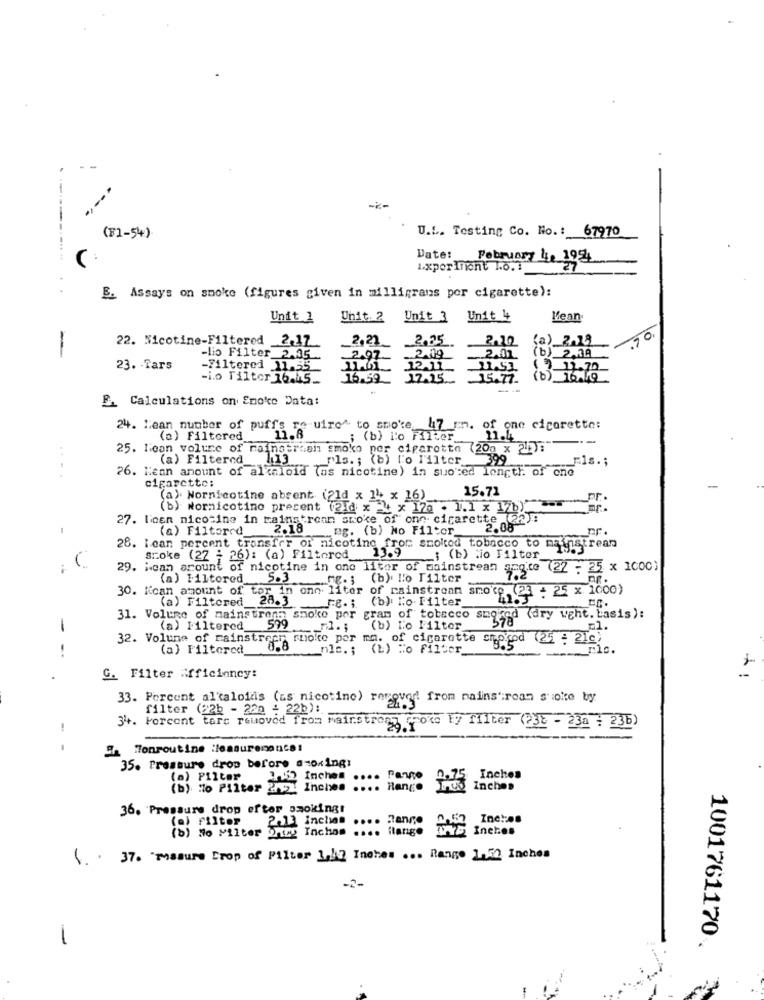
--
U.L. Testing Co. No .: 67970
(F1-54)
Date:
February 4, 1954
Lxpor Inont lo .:
727
B. Assays on smoke (figures given in milligrams por cigarette):
Unit 1
Unit. 2 Unit 3
Unit 4
Mean
2.27
2.25
2.22
(a)_2.13
-
22. Nicotine-Filtered 2.17
-lio Filter 2.35
2.09
2.01.
(b) 2.39
23. - Tars
-Filtered 11.55
22
( ) 12.70
-i.o Tilter 16.15
16.59
17.15
(b) ToAlQ
B. Calculations on Smoke Data:
24. Bean number of puff's re wire" to smoke 47 rn. of one cigarette:
(a) Filtered
; (b) lo Filter
25. loan volume of mainstream smoke per ciparotta
7200 x 2h
(a) Filtered_13
rls. ; (b) To Filter
399
._ Fls .;
26. Hean amount of alkaloid (as nicotine) in suoted length of one
cigarette:
15.71
(a) Nornicotine absent (21d x 14 x 16)_
Fr.
(b) Normicotino precent (2id x 4 x 12a . 1.1 x 17b)
27. linen nicotine in bainstrenn smoke of one cigarette (22):
(a) Filtered_
2.18
mg. (b) No Filter_
mr.
28. lean percent transfer or nicotine from snolted tobacco to mainstrean
sroke (22 : 26): (a) Filtered 13.9
; (b) Mio Filter
, C
29. ican arount of nicotine in one litor of mainstrean ang.te (22 : 25 x 1000)
(a) Filtered 5.3
mg. ; (b). lo Filter
30. Koan amount of tor in ono liter of rainstream smote (23 - 25 x 1000)
(a) Filtered_28.3
Fe. ; (b) lo-Filter
31. Volume of mainstrens smoke per gram of tobacco smored (dry weht. basis):
1
(a) Filtered
599
(b) Lo Filter
32. Volume of mainstrepr moke per ma. of cigarette crogod (25 : 21c)
(a) Filtered
nic .; (1) To Filter_
G. Filter #fficiency:
33. Percent altalois (as nicotine) removed from mainstream soke by
filter (22b - 222 : 22b):
!
34. Forcent tare removed from Mainstream Grote by filter (?32 - 23a : 236)
9h Tonroutine :leasuremanca!
35. Pressure drop before a-oxing:
(a) Filter
Inches
(b) lo Pilter 2/51 Incimes .... Range
1.52 Inches .... Panne 2:73
Inches
36. Pressure drop efter smoking!
(a) Filter
2.13 inchan
.... Hanno
Inc :: 08
(b) No Filter 2 by Inchas .... flange
Inches
37. "masure Crop of Pilter 1,12 Inches ... Range 1-52 Inches
1
1001761170.